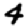
Digit: 4